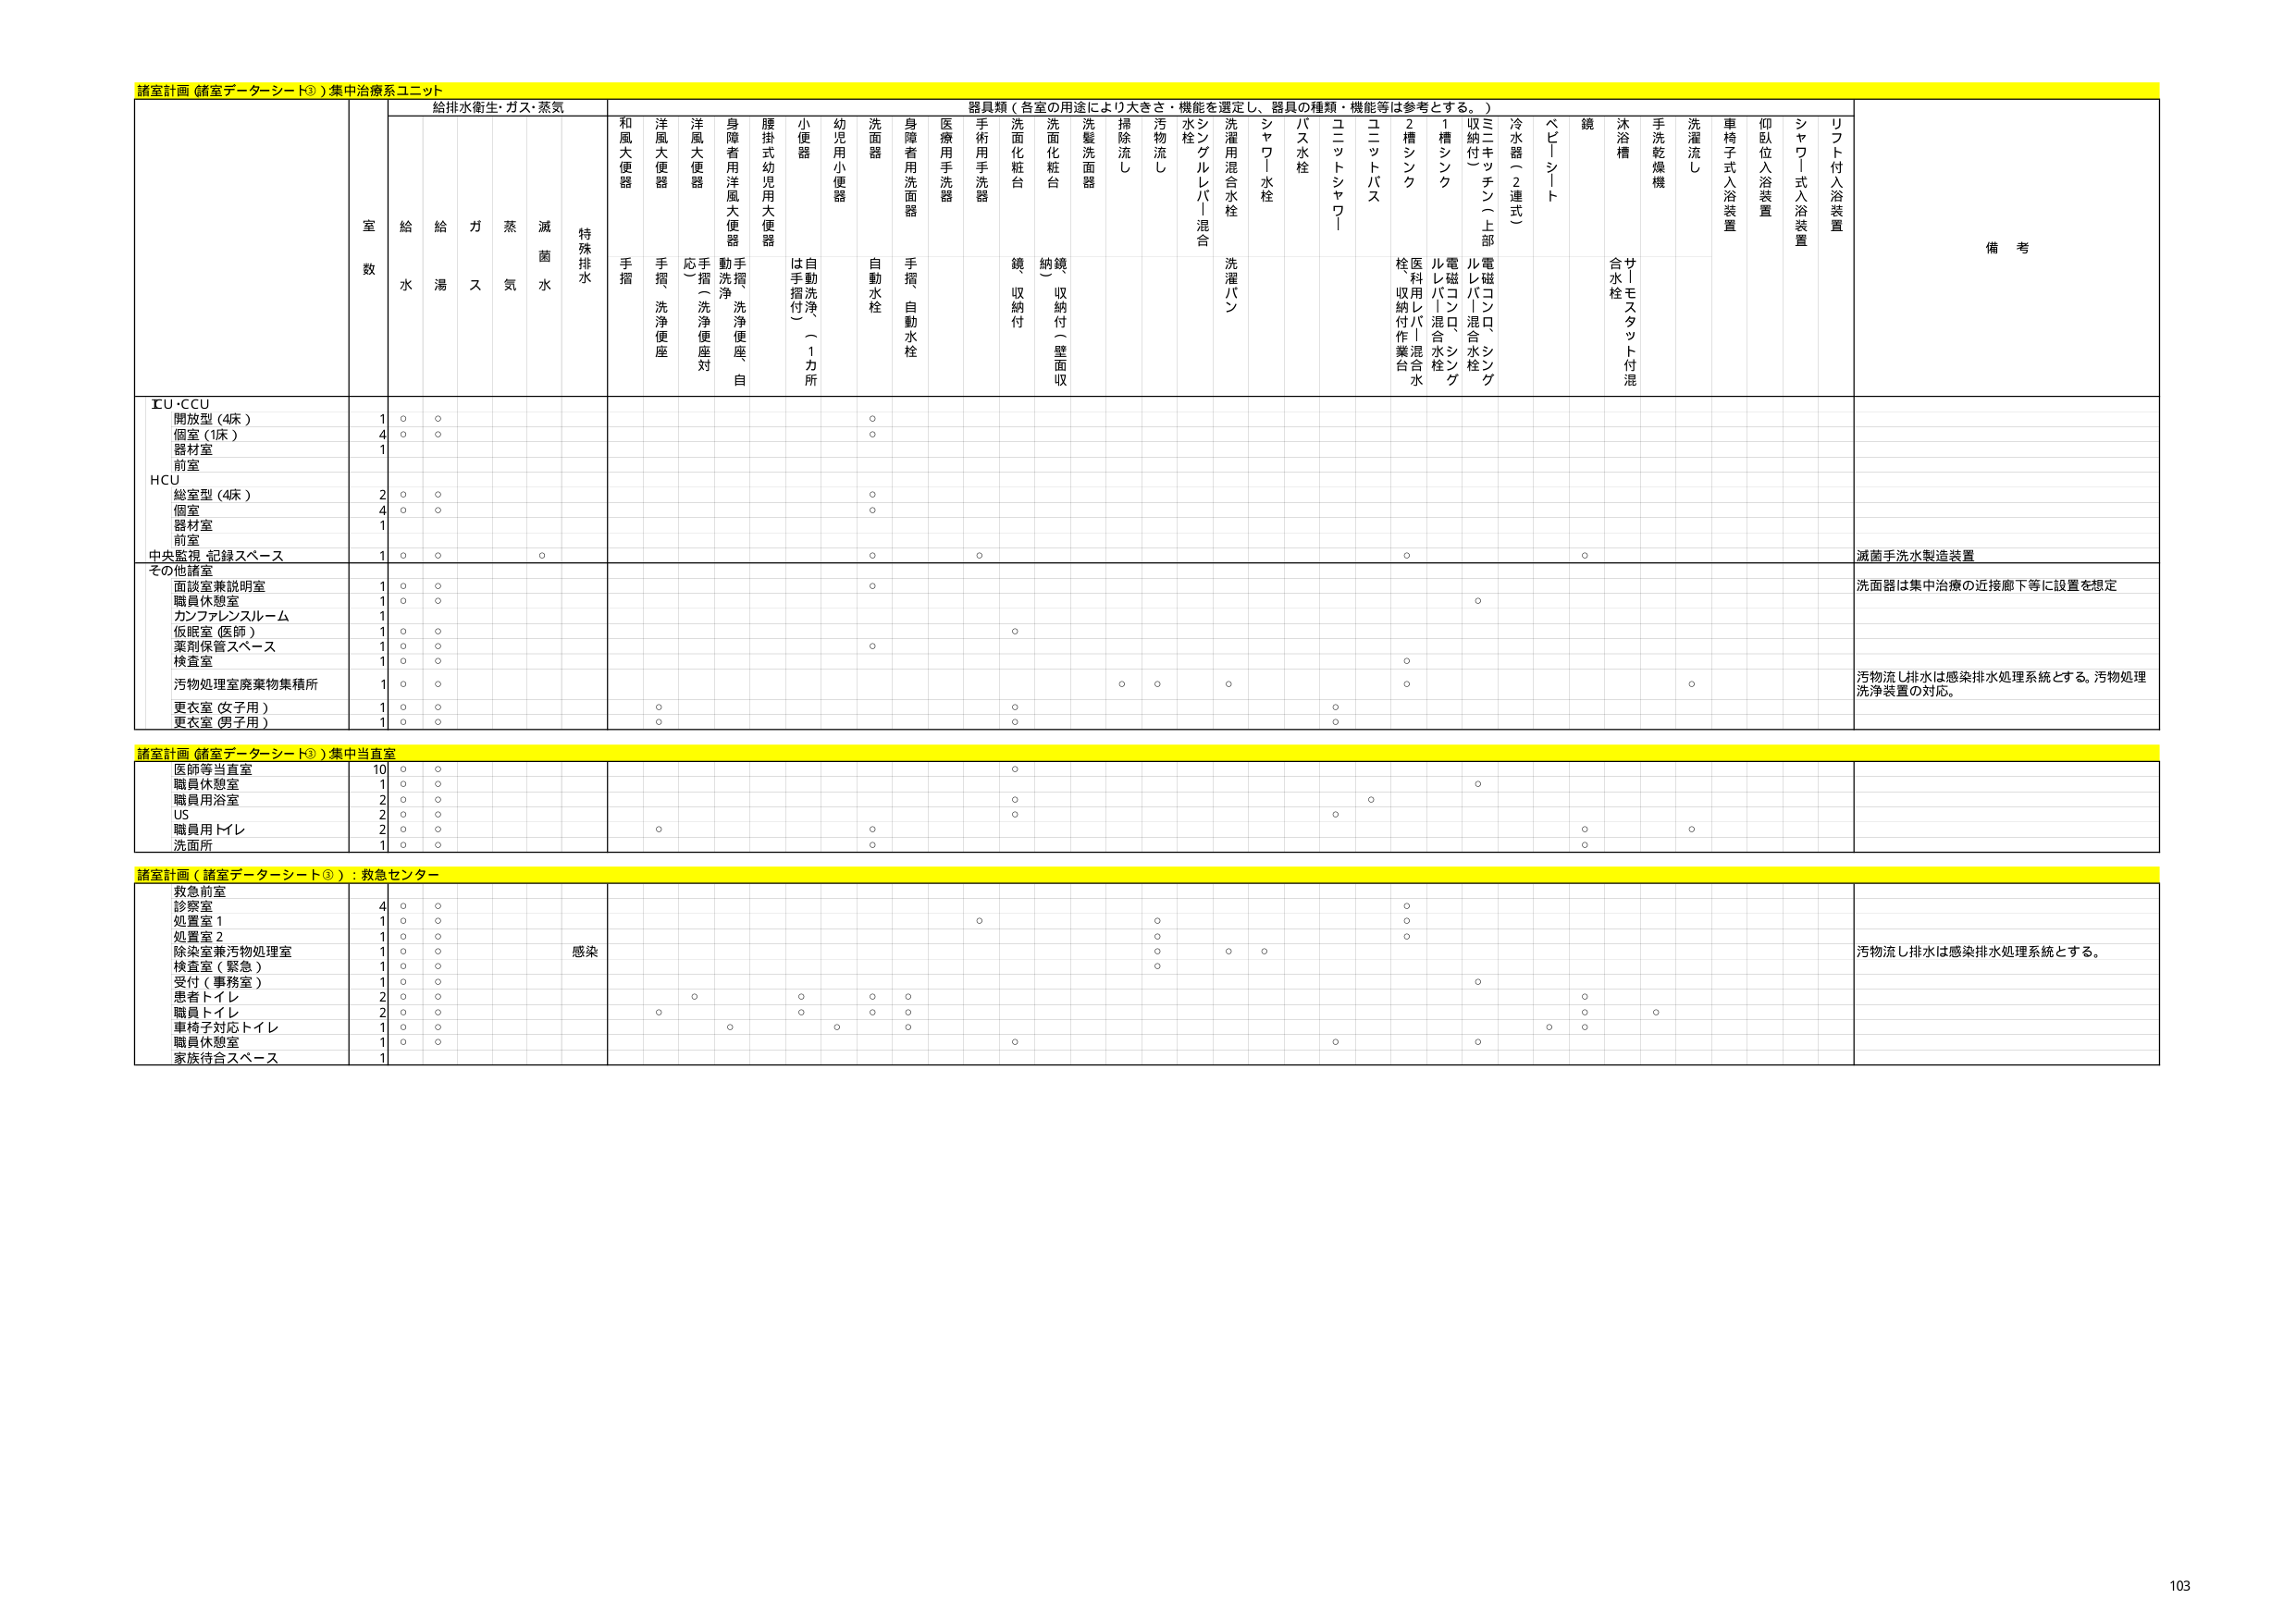
諸室計画（諸室データシート③）集中治療系ユニット

給排水衛生・ガス・蒸気

器具類（各室の用途により大きさ・機能を選定し、器具の種類・機能等は参考とする。）

室数

給水

給湯

ガス

蒸気

滅菌水

特殊排水

和風大便器

手摺

洋風大便器

手摺、洗浄便座

洋風大便器

応（洗浄便座対）

身障者用洋風大便器

動手摺、洗浄便座自

腰掛式幼児用大便器

小便器

は手摺付（1カ所）

幼児用小便器

洗面器

自動水栓

身障者用洗面器

手摺、自動水栓

医療用手洗器

手術用手洗器

洗面化粧台

鏡収納付

洗面化粧台

納鏡（収納付（壁面収）

洗髪洗面器

掃除流し

汚物流し

水栓シングルレバー混合

洗濯用混合水栓

洗濯パン

シャワー水栓

バス水栓

ユニットシャワー

ユニットバス

2槽シンク

1槽シンク

収納付（上部）

三二キッチン（上部）

電磁コンロ、シンク

電磁コンロ、シンク

ルレバーレバー混合水栓

医療用レバー混合水栓

栓収納付作業台

冷水器（2連式）

ベビーシート

鏡

沐浴槽

合水栓

サトモスタット付混

手洗乾燥機

洗濯流し

車椅子式入浴装置

仰臥位入浴装置

シャワー式入浴装置

リフト付入浴装置

備考

ICU・CCU

開放型（4床）

個室（1床）

器材室

前室

HCU

総室型（4床）

個室

器材室

前室

中央監視・記録スペース

その他諸室

面談室兼説明室

職員休憩室

カンファレンスルーム

仮眠室（医師）

薬剤保管スペース

検査室

汚物処理室廃棄物集積所

更衣室（女子用）

更衣室（男子用）

滅菌手洗水製造装置

洗面器は集中治療の近接廊下等に設置を想定

汚物流し排水は感染排水処理系統とする。汚物処理洗浄装置の対応。

諸室計画（諸室データシート③）集中当直室

医師等当直室

職員休憩室

職員用浴室

US

職員用トイレ

洗面所

諸室計画（諸室データシート③）救急センター

救急前室

診察室

処置室1

処置室2

除染室兼汚物処理室

検査室（緊急）

受付（事務室）

患者トイレ

職員トイレ

車椅子対応トイレ

職員休憩室

家族待合スペース

感染

汚物流し排水は感染排水処理系統とする。

103